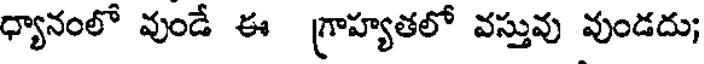
ధ్యానంలో వుండే ఈ గ్రాహ్యతలో వస్తువు వుండదు;